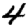
Digit: 4